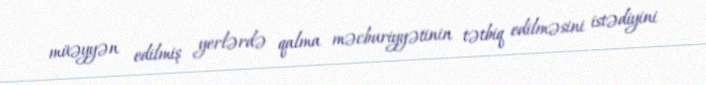
müəyyən edilmiş yerlərdə qalma məcburiyyətinin tətbiq edilməsini istədiyini